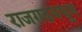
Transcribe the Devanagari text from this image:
राजगढमधून